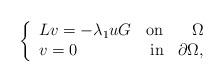
LaTeX: \begin{align*} \left\lbrace \begin{array}{lcr} L v =-\lambda_1 u G & \textnormal{on} & \Omega\\ v=0& \textnormal{ in} & \partial \Omega,\\ \end{array} \right. \end{align*}